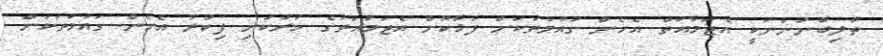
ތާލިބާނުންނަކީ އެޖަމާއަތް އެހެން ގައުމުތަކަށް ފުޅާކޮށް އެޖަމާއަތުގެ ހަރުކަށި ފިކުރު އެހެން ގައުމުތަކަށް